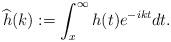
LaTeX: \begin{align*}\widehat{ h}(k):=\int_x^\infty h(t)e^{-ikt}dt.\end{align*}